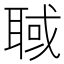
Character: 聝